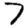
Digit: 7